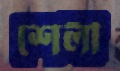
শেলী